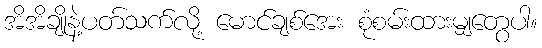
အိအိချိုနဲ့ပတ်သက်လို့ မောင်ချစ်အေး စုံစမ်းထားမျှတွေပါ။